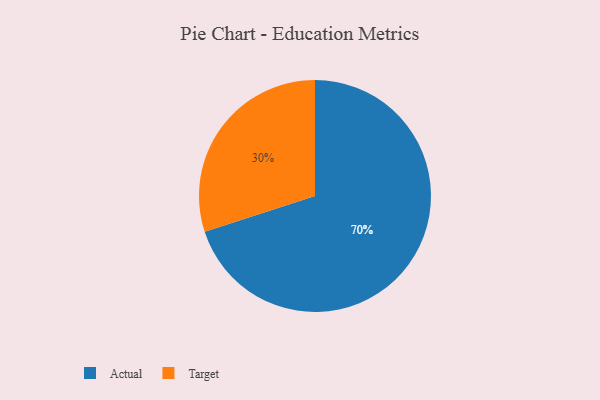
{"axis": {"x": "Category", "y": "Percentage"}, "legend": ["Actual", "Target"], "data": [{"x": "Actual", "y": 70, "type": "Actual"}, {"x": "Target", "y": 30, "type": "Target"}]}